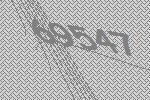
69547